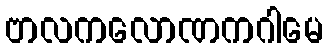
ဗာလကလောဏကဂါမေ